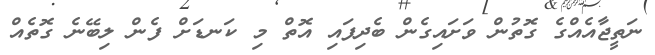
ނަތީޖާއެއްގެ ގޮތުން ވަށައިގެން ބެދިފައި އޮތް މި ކަނޑަށް ފެން ލިބޭނެ ގޮތެއް